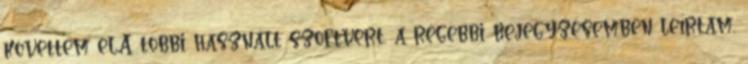
követtem el.A többi használt szoftvert, a régebbi bejegyzésemben leírtam,